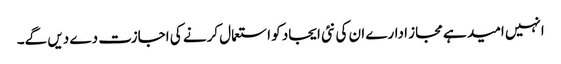
انہیں امید ہے مجاز ادارے ان کی نئی ایجاد کو استعمال کرنے کی اجازت دے دیں گے۔